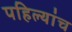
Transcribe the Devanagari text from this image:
पहिल्यांच